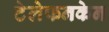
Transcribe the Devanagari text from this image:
टेलेफनकेन